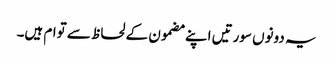
یہ دونوں سورتیں اپنے مضمون کے لحاظ سے توام ہیں۔